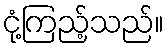
ငုံ့ကြည့်သည်။